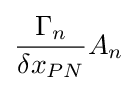
{\frac {\Gamma _{n}}{\delta x_{PN}}}A_{n}